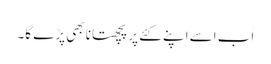
اَب اِسے اپنے کئے پر پچھتانا بھی پڑے گا۔